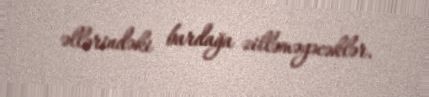
əllərindəki bardağa zilləməyəcəklər.